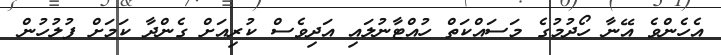
އެހެންވެ އޭނާ ހޯދުމުގެ މަސައްކަތް ހުއްޓާނުލައި އަދިވެސް ކުރިއަށް ގެންދާ ކަމަށް ފުލުހުން